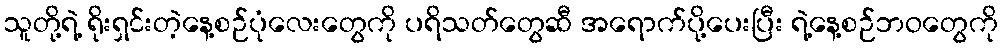
သူတို့ရဲ့ ရိုးရှင်းတဲ့နေ့စဉ်ပုံလေးတွေကို ပရိသတ်တွေဆီ အရောက်ပို့ပေးပြီး ရဲ့နေ့စဉ်ဘဝတွေကို